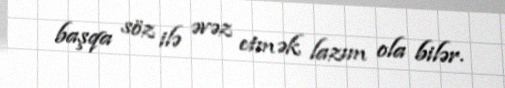
başqa söz ilə əvəz etmək lazım ola bilər.